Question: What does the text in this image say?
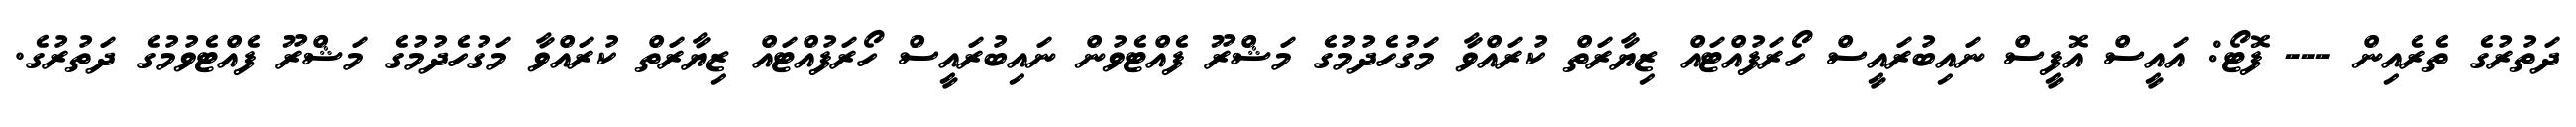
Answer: ދަތުރުގެ ތެރެއިން --- ފޮޓޯ: އައީސް އޮފީސް ނައިބުރައީސް ހޯރަފުއްޓައް ޒިޔާރަތް ކުރައްވާ މަގުހެދުމުގެ މަޝްރޫ ފެއްޓެވުން ނައިބުރައީސް ހޯރަފުއްޓައް ޒިޔާރަތް ކުރައްވާ މަގުހެދުމުގެ މަޝްރޫ ފެއްޓެވުމުގެ ދަތުރުގެ.